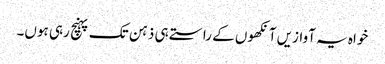
خواہ یہ آوازیں آنکھوں کے راستے ہی ذہن تک پہنچ رہی ہوں۔